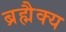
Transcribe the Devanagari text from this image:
ब्रह्मैक्य